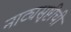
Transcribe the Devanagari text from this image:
नाट्यसृष्टीची